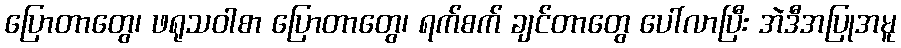
ပြောတာတွေ၊ ဖရုသဝါစာ ပြောတာတွေ၊ ရက်စက် ချင်တာတွေ ပေါ်လာပြီး အဲဒီအပြုအမူ